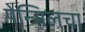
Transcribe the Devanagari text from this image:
पेन्सिलचा